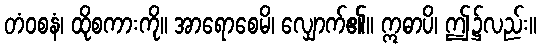
တံဝစနံ၊ ထိုစကားကို။ အာရောစေမိ၊ လျှောက်၏။ ဣဓာပိ၊ ဤ၌လည်း။